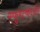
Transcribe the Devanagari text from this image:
स्फुरत्काञ्ची